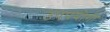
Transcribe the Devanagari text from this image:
उपपयोगी